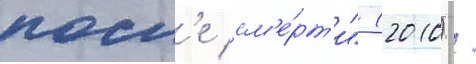
посл'е см'е́рт'и" (2010) /